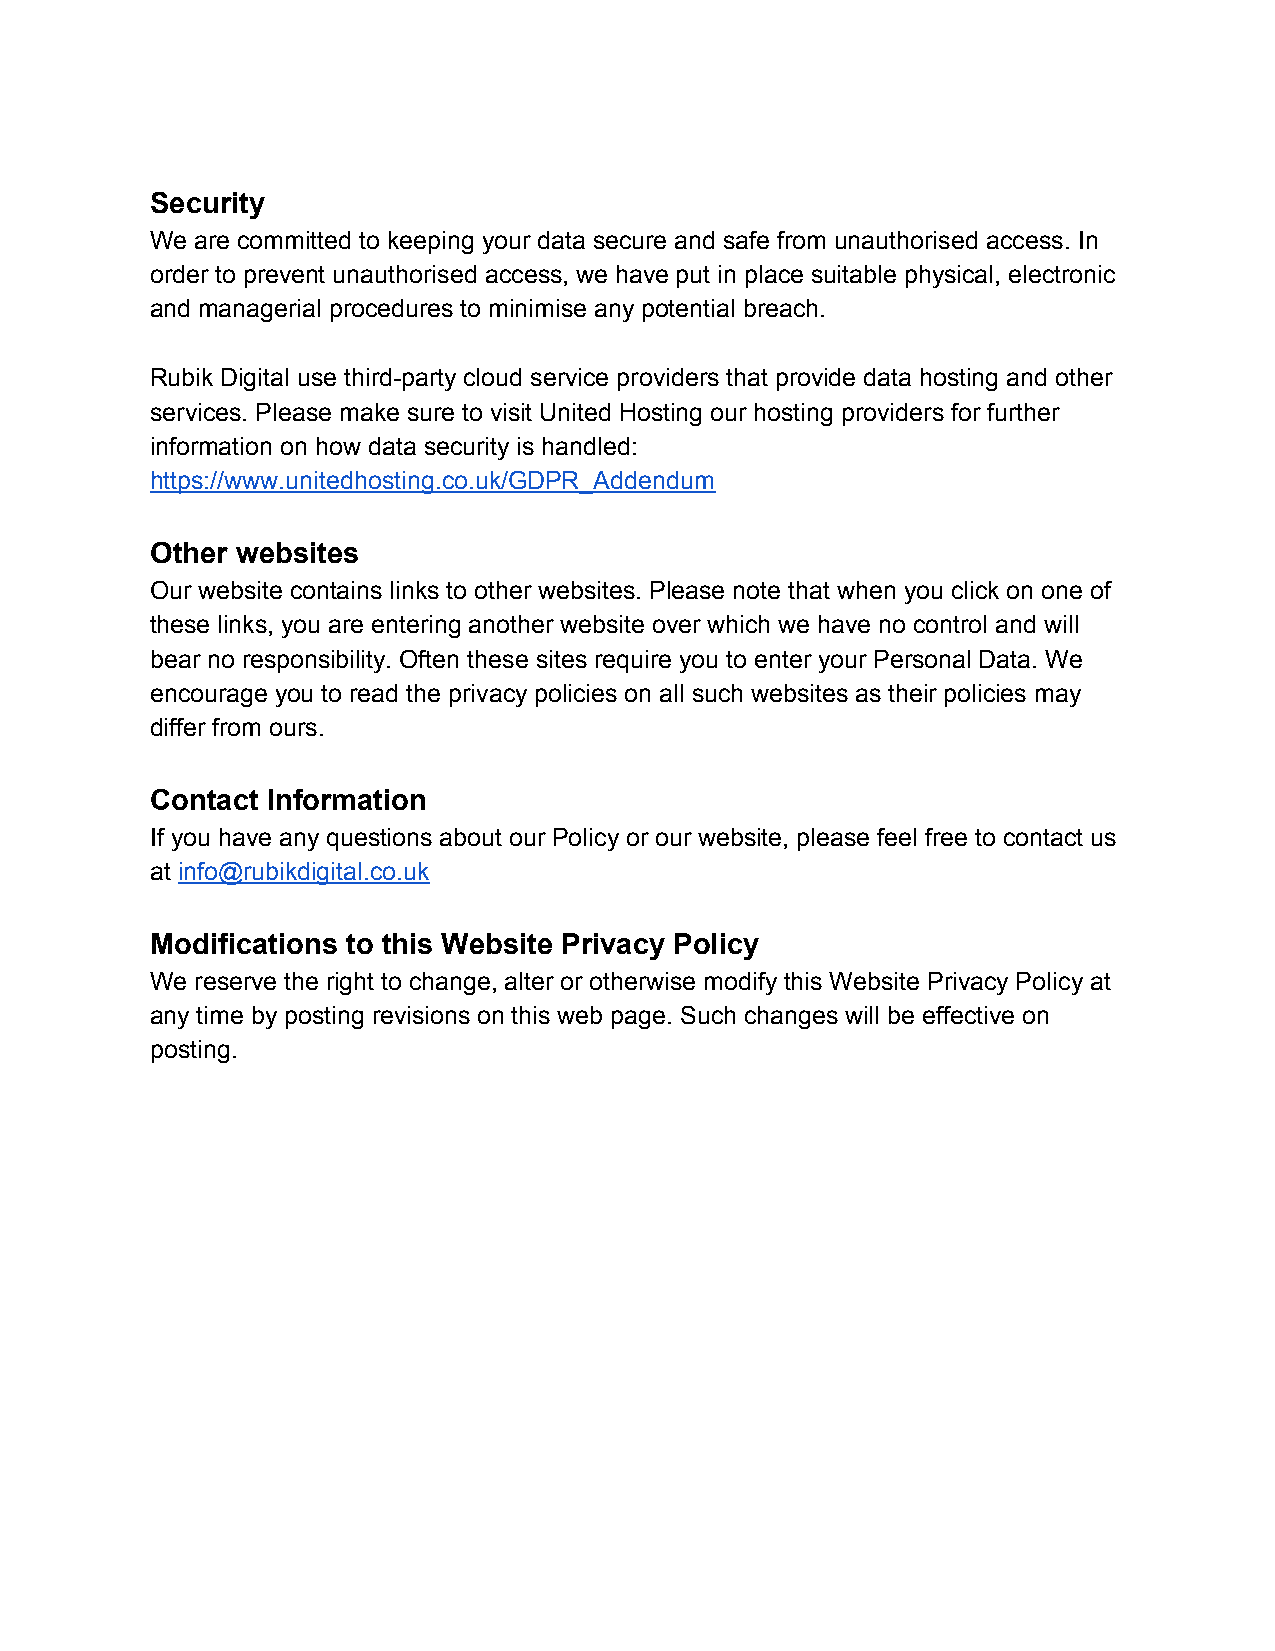
Security
 We are committed to keeping your data secure and safe from unauthorised access. In
 order to prevent unauthorised access, we have put in place suitable physical, electronic
 and managerial procedures to minimise any potential breach.
 Rubik Digital use third-party cloud service providers that provide data hosting and other
 services. Please make sure to visit United Hosting our hosting providers for further
 information on how data security is handled:
 https://www.unitedhosting.co.uk/GDPR_Addendum
 Other websites
 Our website contains links to other websites. Please note that when you click on one of
 these links, you are entering another website over which we have no control and will
 bear no responsibility. Often these sites require you to enter your Personal Data. We
 encourage you to read the privacy policies on all such websites as their policies may
 differ from ours.
 Contact Information
 If you have any questions about our Policy or our website, please feel free to contact us
 at info@rubikdigital.co.uk
 ​
 Modifications to this Website Privacy Policy
 We reserve the right to change, alter or otherwise modify this Website Privacy Policy at
 any time by posting revisions on this web page. Such changes will be effective on
 posting.